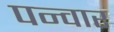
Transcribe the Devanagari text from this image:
पन्वार